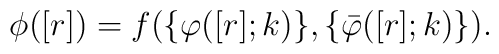
\phi([r])=f(\{\varphi ([r];k)\}, \{\bar \varphi ([r];k)\}).